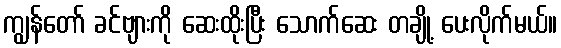
ကျွန်တော် ခင်ဗျားကို ဆေးထိုးပြီး သောက်ဆေး တချို့ ပေးလိုက်မယ်။